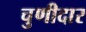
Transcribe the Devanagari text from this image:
चुणीदार